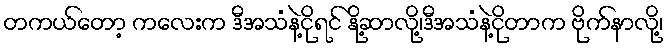
တကယ်တော့ ကလေးက ဒီအသံနဲ့ငိုရင် နို့ဆာလို့၊ဒီအသံနဲ့ငိုတာက ဗိုက်နာလို့၊